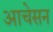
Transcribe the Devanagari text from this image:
आचेसन